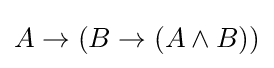
A\to \left(B\to \left(A\land B\right)\right)